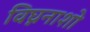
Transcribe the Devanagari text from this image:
विघ्ननाशो